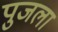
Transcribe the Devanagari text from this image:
पुजला